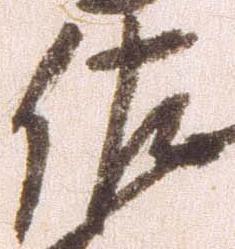
佐